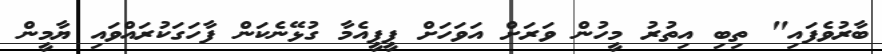
ބާރުވެފައި" ތިބި އިތުރު މީހުން ވަރަށް އަވަހަށް ޕީޕީއެމާ ގުޅޭނެކަން ފާހަގަކުރައްވައި ޔާމީން